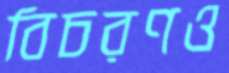
বিচরণও